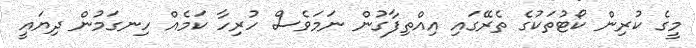
މީގެ ކުރިން ކޯޓުތަކުގެ ތެރޭގައި އިއްތިފާގުން ނަމަވެސް ހުރިހާ ކަމެއް ހިނގަމުން ދިޔައީ